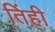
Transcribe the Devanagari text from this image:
तिंही